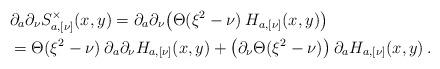
LaTeX: \begin{align*}&\partial_a \partial_\nu S_{a, [\nu]}^\times(x,y) = \partial_a \partial_\nu \big( \Theta(\xi^2-\nu) \:H_{a, [\nu]}(x,y) \big)\\&= \Theta(\xi^2-\nu) \:\partial_a \partial_\nu H_{a, [\nu]}(x,y) +\big( \partial_\nu \Theta(\xi^2-\nu) \big) \: \partial_a H_{a, [\nu]}(x,y) \:.\end{align*}